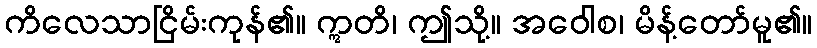
ကိလေသာငြိမ်းကုန်၏။ ဣတိ၊ ဤသို့။ အဝေါစ၊ မိန့်တော်မူ၏။